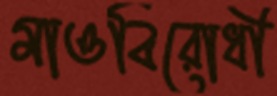
মাওবিরোধী